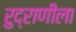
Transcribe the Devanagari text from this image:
रुद्राणीला